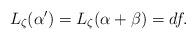
LaTeX: \begin{align*}L_\zeta(\alpha')=L_{\zeta}(\alpha+\beta)=df.\end{align*}